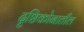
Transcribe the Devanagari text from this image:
दृष्टिकोनातील